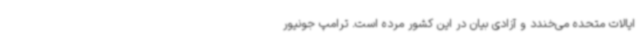
ایالات متحده می‌خندد و آزادی بیان در این کشور مرده است. ترامپ جونیور